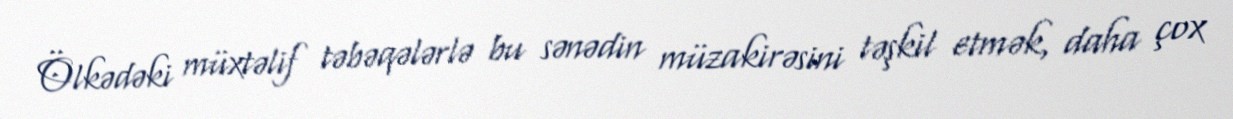
Ölkədəki müxtəlif təbəqələrlə bu sənədin müzakirəsini təşkil etmək, daha çox